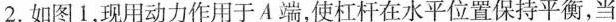
2. 如图 1，现用动力作用于 A 端，使杠杆在水平位置保持平衡，当